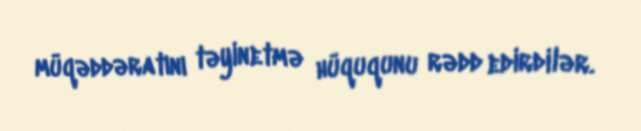
müqəddəratını təyinetmə hüququnu rədd edirdilər.